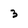
Character: 3